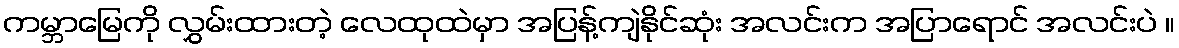
ကမ္ဘာမြေကို လွှမ်းထားတဲ့ လေထုထဲမှာ အပြန့်ကျဲနိုင်ဆုံး အလင်းက အပြာရောင် အလင်းပဲ ။